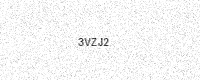
Text: 3VZJ2